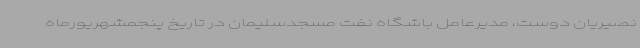
نصیریان دوست، مدیرعامل باشگاه نفت مسجدسلیمان در تاریخ پنجمشهریورماه